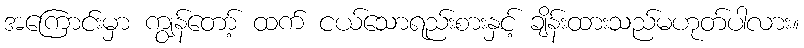
အကြောင်းမှာ ကျွန်တော့် ထက် ငယ်သောရည်းစားနှင့် ချိန်းထားသည်မဟုတ်ပါလား။